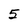
Character: 5